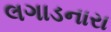
લગાડનારા